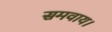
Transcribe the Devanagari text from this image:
समवाय।